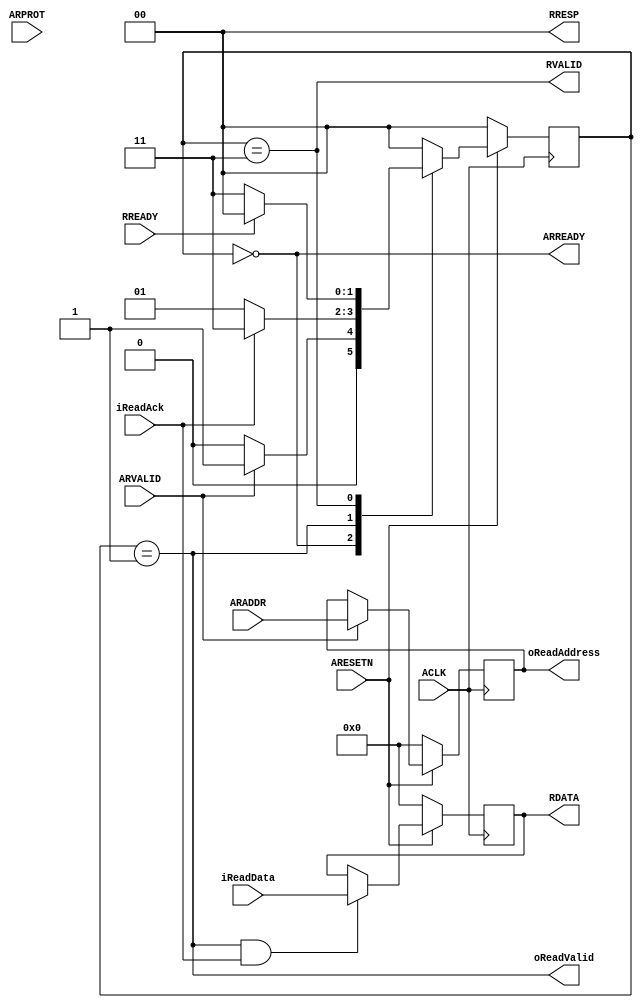
module AXI4LiteSlaveInterfaceReadChannel
#
(
    parameter AddressWidth = 32,
    parameter DataWidth = 32
)
(
    ACLK            ,
    ARESETN         ,
    ARVALID         ,
    ARREADY         ,
    ARADDR          ,
    ARPROT          ,
    RVALID          ,
    RREADY          ,
    RDATA           ,
    RRESP           ,
    oReadAddress    ,
    iReadData       ,
    oReadValid      ,
    iReadAck
);

    input                           ACLK            ;
    input                           ARESETN         ;
    input                           ARVALID         ;
    output                          ARREADY         ;
    input   [AddressWidth - 1:0]    ARADDR          ;
    input   [2:0]                   ARPROT          ;
    output                          RVALID          ;
    input                           RREADY          ;
    output  [DataWidth - 1:0]       RDATA           ;
    output  [1:0]                   RRESP           ;

    output  [AddressWidth - 1:0]    oReadAddress    ;
    input   [DataWidth - 1:0]       iReadData       ;
    output                          oReadValid      ;
    input                           iReadAck        ;
    
    reg     [AddressWidth - 1:0]    rReadAddress   ;
    reg     [DataWidth - 1:0]       rReadData      ;
    
    localparam  State_Idle          = 2'b00; 
    localparam  State_INCMDREQ      = 2'b01;
    localparam  State_AXIRRESP      = 2'b11;
    
    reg [1:0]   rCurState   ;
    reg [1:0]   rNextState  ;
    
    always @ (posedge ACLK)
        if (!ARESETN)
            rCurState <= State_Idle;
        else
            rCurState <= rNextState;
    
    always @ (*)
        case (rCurState)
        State_Idle:
            rNextState <= (ARVALID)?State_INCMDREQ:State_Idle;        
        State_INCMDREQ:
            rNextState <= (iReadAck)?State_AXIRRESP:State_INCMDREQ;
        State_AXIRRESP:
            rNextState <= (RREADY)?State_Idle:State_AXIRRESP;
        default:
            rNextState <= State_Idle;
        endcase
    
    assign ARREADY      = (rCurState == State_Idle);
    assign RVALID       = (rCurState == State_AXIRRESP);
    assign oReadValid   = (rCurState == State_INCMDREQ);
    
    always @ (posedge ACLK)
        if (!ARESETN)
            rReadAddress <= {(AddressWidth){1'b0}};
        else
            if (ARVALID)
                rReadAddress <= ARADDR;
    
    always @ (posedge ACLK)
        if (!ARESETN)
            rReadData <= {(DataWidth){1'b0}};
        else
            if ((rCurState == State_INCMDREQ) && iReadAck)
                rReadData <= iReadData;
    
    assign oReadAddress = rReadAddress;
    assign RDATA        = rReadData;
    
    assign RRESP = 2'b0;
    
endmodule